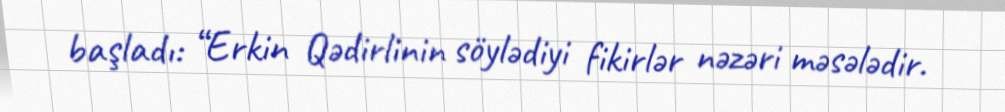
başladı: “Erkin Qədirlinin söylədiyi fikirlər nəzəri məsələdir.